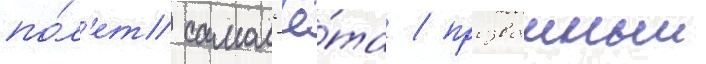
по́л'ет самол'ё́та / прозванныи